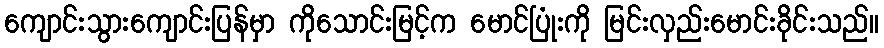
ကျောင်းသွားကျောင်းပြန်မှာ ကိုသောင်းမြင့်က မောင်ပြုံးကို မြင်းလှည်းမောင်းခိုင်းသည်။